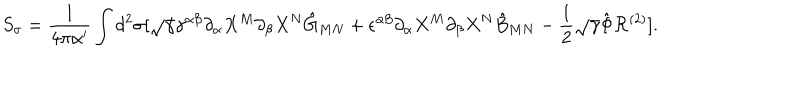
S _ { \sigma } = { \frac { 1 } { 4 \pi \alpha ^ { \prime } } } \int d ^ { 2 } \sigma [ \sqrt { \gamma } \gamma ^ { \alpha \beta } \partial _ { \alpha } X ^ { M } \partial _ { \beta } X ^ { N } \hat { G } _ { M N } + { \epsilon } ^ { \alpha \beta } \partial _ { \alpha } X ^ { M } \partial _ { \beta } X ^ { N } \hat { B } _ { M N } - { \frac { 1 } { 2 } } \sqrt { \gamma } \hat { \Phi } { \cal R } ^ { ( 2 ) } ] .